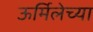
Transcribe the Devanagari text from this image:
ऊर्मिलेच्या